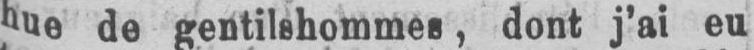
hue de gentilshommes, dont j’ai eu